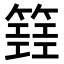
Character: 𥴐